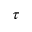
\tau